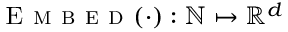
\textsc { E m b e d } ( \cdot ) : \mathbb { N } \mapsto \mathbb { R } ^ { d }